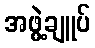
အဖွဲ့ချူပ်